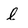
Character: l